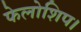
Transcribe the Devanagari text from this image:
फेलोशिप।